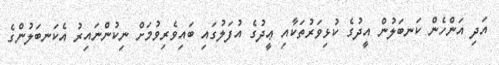
އަދި އަންހެން ކަނބަލުން އީދުގެ ކުޅިވަރުތަކާއި ޢީދުގެ އުފަލުގައި ބައިވެރިވުމަށް ނިކުންނައިރު އެކަނބަލުންގެ